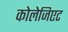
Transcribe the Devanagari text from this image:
कोलेजिएट